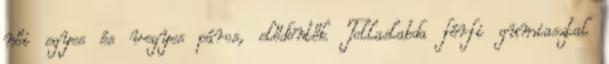
női egyes és vegyes páros, elődöntők Tollaslabda férfi gumiasztal